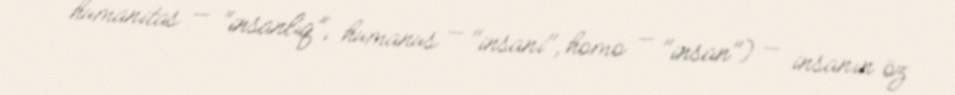
humanitas — "insanlıq", humanus — "insani", homo — "insan") — insanın öz